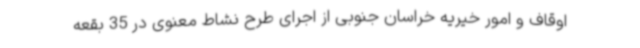
اوقاف و امور خیریه خراسان‌ جنوبی از اجرای طرح نشاط معنوی در 35 بقعه